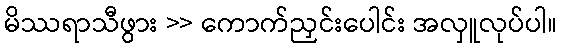
မိဿရာသီဖွား >> ကောက်ညှင်းပေါင်း အလှူလုပ်ပါ။